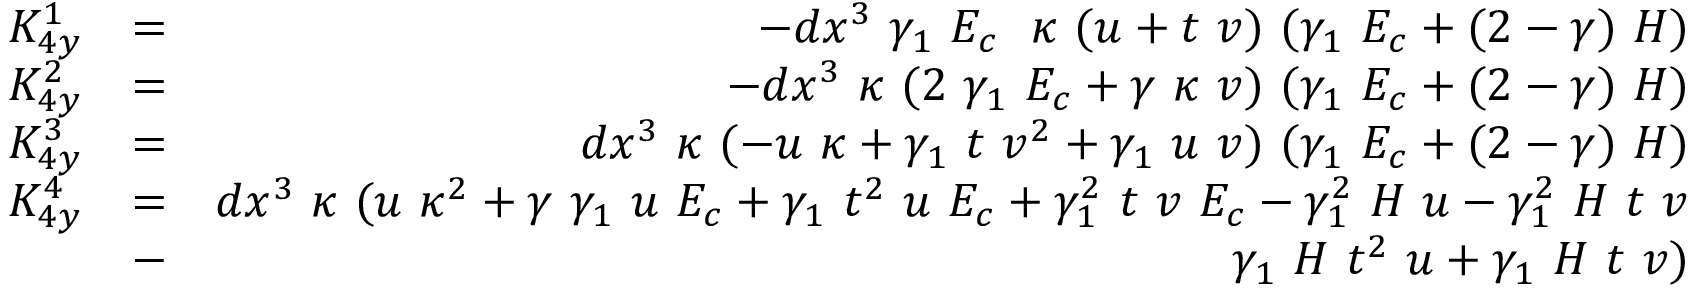
\begin{array} { r l r } { K _ { 4 y } ^ { 1 } } & { = } & { - d x ^ { 3 } ~ \gamma _ { 1 } ~ E _ { c } ~ ~ \kappa ~ ( u + t ~ v ) ~ ( \gamma _ { 1 } ~ E _ { c } + ( 2 - \gamma ) ~ H ) } \\ { K _ { 4 y } ^ { 2 } } & { = } & { - d x ^ { 3 } ~ \kappa ~ ( 2 ~ \gamma _ { 1 } ~ E _ { c } + \gamma ~ \kappa ~ v ) ~ ( \gamma _ { 1 } ~ E _ { c } + ( 2 - \gamma ) ~ H ) } \\ { K _ { 4 y } ^ { 3 } } & { = } & { d x ^ { 3 } ~ \kappa ~ ( - u ~ \kappa + \gamma _ { 1 } ~ t ~ v ^ { 2 } + \gamma _ { 1 } ~ u ~ v ) ~ ( \gamma _ { 1 } ~ E _ { c } + ( 2 - \gamma ) ~ H ) } \\ { K _ { 4 y } ^ { 4 } } & { = } & { d x ^ { 3 } ~ \kappa ~ ( u ~ \kappa ^ { 2 } + \gamma ~ \gamma _ { 1 } ~ u ~ E _ { c } + \gamma _ { 1 } ~ t ^ { 2 } ~ u ~ E _ { c } + \gamma _ { 1 } ^ { 2 } ~ t ~ v ~ E _ { c } - \gamma _ { 1 } ^ { 2 } ~ H ~ u - \gamma _ { 1 } ^ { 2 } ~ H ~ t ~ v } \\ & { - } & { \gamma _ { 1 } ~ H ~ t ^ { 2 } ~ u + \gamma _ { 1 } ~ H ~ t ~ v ) } \end{array}